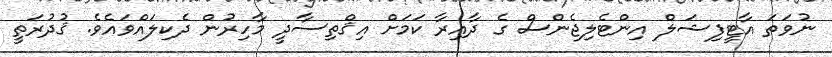
ނުވަތަ އާޓީފިޝަލް އިންޓެލިޖެންސް ގެ ދާއިރާ ކަމަށް އިޤްތިސާދީ މާހިރުން ދެކިލައްވައެވެ. ޤުދުރަތީ